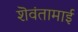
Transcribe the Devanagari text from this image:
शॆवंतामाई